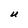
Character: U